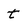
Character: t